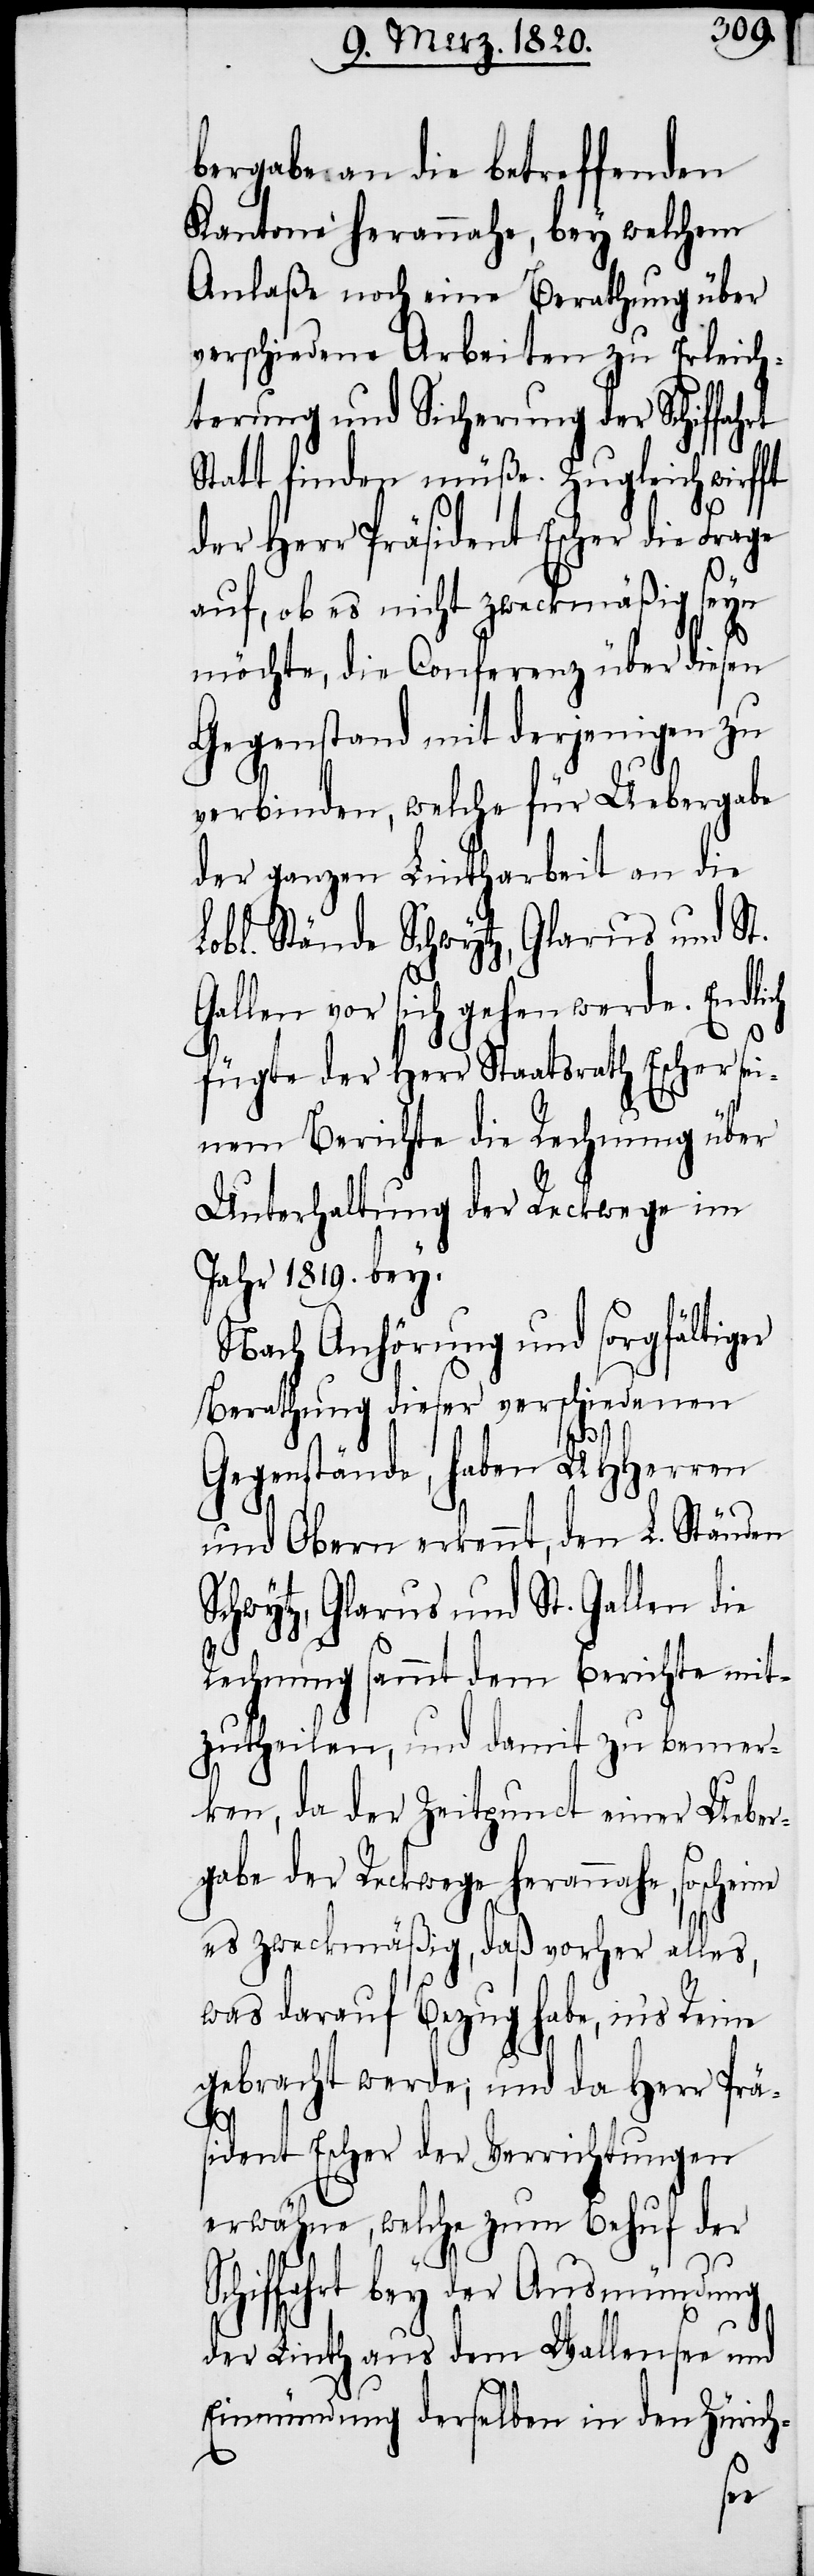
bergabe an die betreffenden
Kantone herannahe, bey welchem
Anlaße noch eine Berathung über
verschiedene Arbeiten zu Erleich¬
terung und Sicherung der Schiffahrt
Statt finden müße. Zugleich wirfft
der Herr Präsident Escher die Frage
auf, ob es nicht zweckmäßig seyn
möchte, die Conferenz über diesen
Gegenstand mit derjenigen zu
verbinden, welche für Uebergabe
der ganzen Lintharbeit an die
Lobl. Stände Schwytz, Glarus und St.
Gallen vor sich gehen werde. Endlich
fügte der Herr Staatsrath Escher sei¬
nem Berichte die Rechnung über
Unterhaltung der Reckwege im
Jahr 1819. bey.
Nach Anhörung und sorgfältiger
Berathung dieser verschiedenen
Gegenstände, haben UHHerren
und Obern erkennt, den L. Ständen
Schwytz, Glarus und St. Gallen die
Rechnung sammt dem Berichte mit¬
zutheilen, und damit zu bemer¬
ken, da der Zeitpunct einer Ueber¬
gabe der Reckwege herannahe, so
es zweckmäßig, daß vorher alles,
was darauf Bezug habe, in’s Reine
gebracht werde; und da Herr Prä¬
sident Escher der Verrichtungen
erwähne, welche zum Behuf der
Schiffahrt bey der Ausmündung
der Linth aus dem Wallensee und
Einmündung derselben in den Zürich-